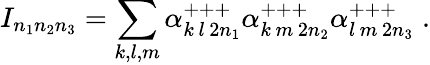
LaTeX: I_{n_{1}n_{2}n_{3}}=\sum_{k,l,m}\alpha_{k\, l\, 2n_{1}}^{+++}\alpha_{k\, m\, 2n_{2}}^{+++}\alpha_{l\, m\, 2n_{3}}^{+++}\; .